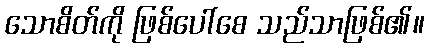
သောစိတ်ကို ဖြစ်ပေါ်စေ သည်သာဖြစ်၏။